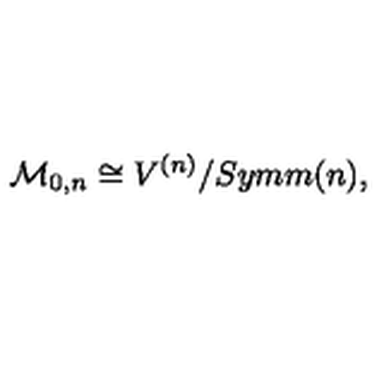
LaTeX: { \cal M } _ { 0 , n } \cong V ^ { ( n ) } / { S y m m } ( n ) ,